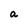
Character: a